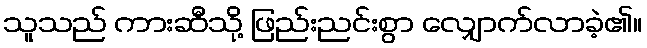
သူသည် ကားဆီသို့ ဖြည်းညင်းစွာ လျှောက်လာခဲ့၏။